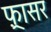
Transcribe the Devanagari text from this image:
फ़्रासर